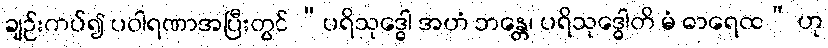
ချဉ်းကပ်၍ ပဝါရဏာအပြီးတွင် “ပရိသုဒ္ဓေါ အဟံ ဘန္တေ၊ ပရိသုဒ္ဓေါတိ မံ ဓာရေထ” ဟု